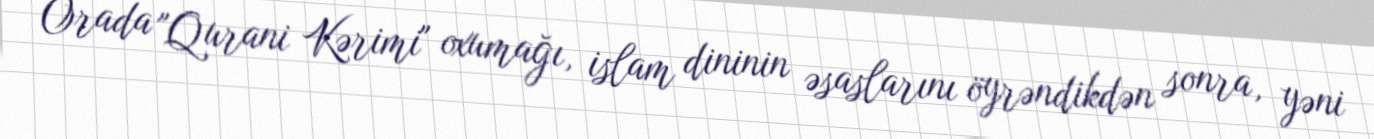
Orada "Qurani Kərimi" oxumağı, islam dininin əsaslarını öyrəndikdən sonra, yəni